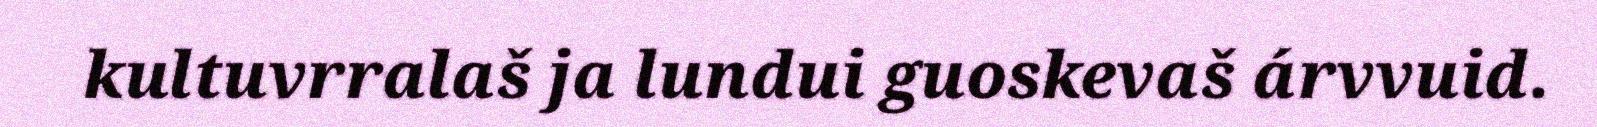
kultuvrralaš ja lundui guoskevaš árvvuid.